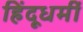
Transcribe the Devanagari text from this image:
हिंदूधर्मी